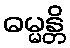
ဓမ္မန္တိ